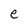
Character: e